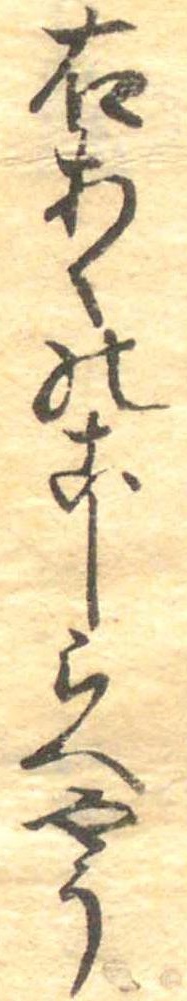
右あくのこしらへやう